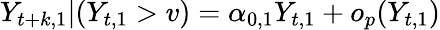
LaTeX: Y_{t+k,1}|(Y_{t,1}>v)=\alpha_{0,1}Y_{t,1}+o_{p}(Y_{t,1})